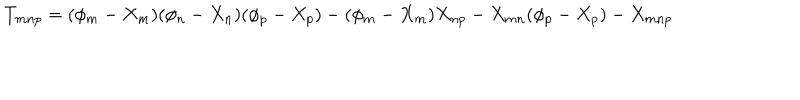
T _ { m n p } = ( \phi _ { m } - X _ { m } ) ( \phi _ { n } - X _ { n } ) ( \phi _ { p } - X _ { p } ) - ( \phi _ { m } - X _ { m } ) X _ { n p } - X _ { m n } ( \phi _ { p } - X _ { p } ) - X _ { m n p }